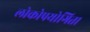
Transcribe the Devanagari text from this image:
लोकोपयोगिता